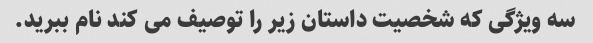
سه ویژگی که شخصیت داستان زیر را توصیف می کند نام ببرید.